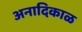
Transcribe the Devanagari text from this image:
अनादिकाळ